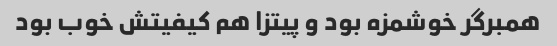
همبرگر خوشمزه بود و پیتزا هم کیفیتش خوب بود